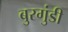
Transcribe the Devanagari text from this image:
बुरगुंडी